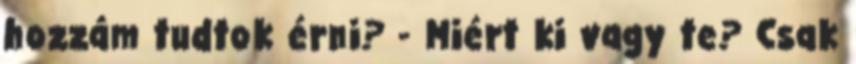
hozzám tudtok érni? - Miért ki vagy te? Csak